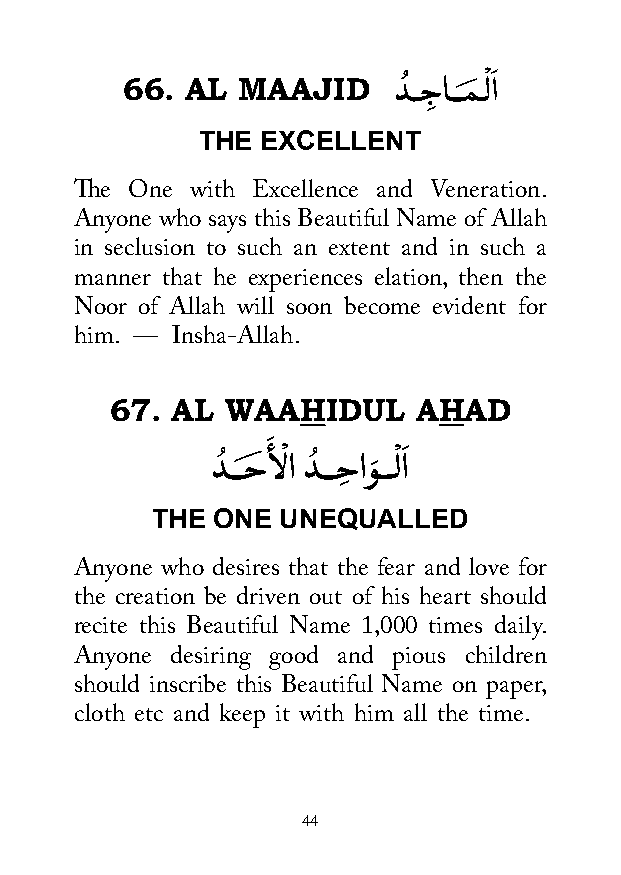
66. AL  MAAJID    دُ ــجِ اـــمَ ـْ لاَ
 THE EXCELLENT
 The One with Excellence and Veneration.
 Anyone who says this Beautiful Name of Allah
 in seclusion to such an extent and in such a
 manner that he experiences elation, then the
 Noor of Allah will soon become evident for
 him. — Insha-Allah.
 67. AL  WAAHIDUL     AHAD
 َ
 دُ ـــحَ ألْ ا دُ ـــحِ اوَ ـــْ لاَ
 THE ONE  UNEQUALLED
 Anyone who desires that the fear and love for
 the creation be driven out of his heart should
 recite this Beautiful Name 1,000 times daily.
 Anyone desiring good and pious children
 should inscribe this Beautiful Name on paper,
 cloth etc and keep it with him all the time.
 44